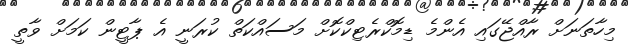
މިހާތަނަށް ރާއްޖޭގައި އެންމެ ޑިމޮކްރެޓިކްކޮށް މަސައްކަތް ކުރަނީ އެ ޕާޓީން ކަމަށް ވާތީ